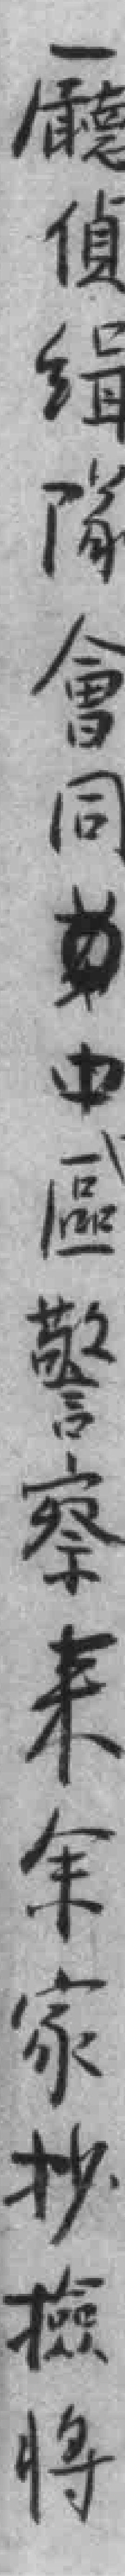
㕔偵缉隊會同中區警察来余家抄檢将